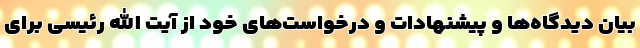
بیان دیدگاه‌ها و پیشنهادات و درخواست‌های خود از آیت الله رئیسی برای